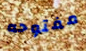
مفتوحه